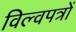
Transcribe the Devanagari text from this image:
विल्वपत्रों